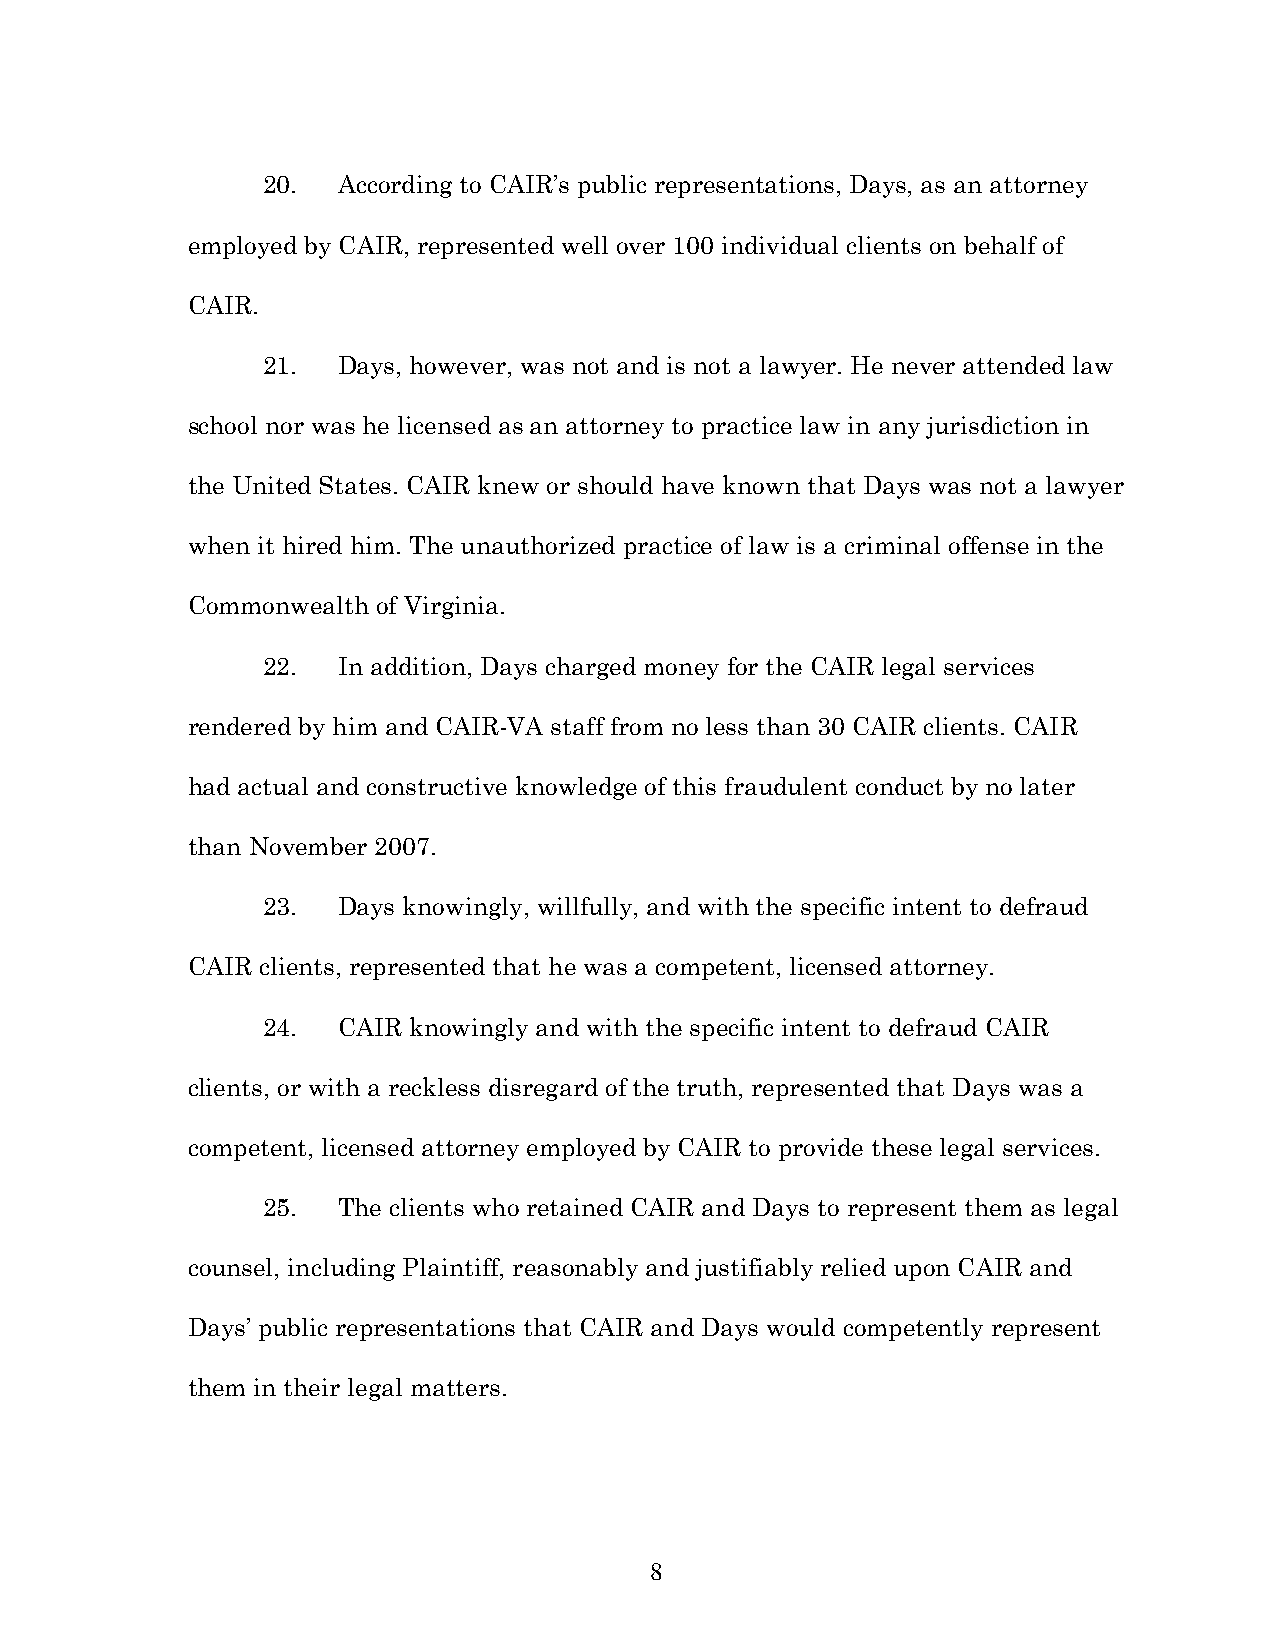
20.  According to CAIR’s public representations, Days, as an attorney
 employed by CAIR, represented well over 100 individual clients on behalf of
 CAIR.
 21.  Days, however, was not and is not a lawyer. He never attended law
 school nor was he licensed as an attorney to practice law in any jurisdiction in
 the United States. CAIR knew or should have known that Days was not a lawyer
 when it hired him. The unauthorized practice of law is a criminal offense in the
 Commonwealth of Virginia.
 22.  In addition, Days charged money for the CAIR legal services
 rendered by him and CAIR-VA staff from no less than 30 CAIR clients. CAIR
 had actual and constructive knowledge of this fraudulent conduct by no later
 than November 2007.
 23.  Days knowingly, willfully, and with the specific intent to defraud
 CAIR clients, represented that he was a competent, licensed attorney.
 24.  CAIR knowingly and with the specific intent to defraud CAIR
 clients, or with a reckless disregard of the truth, represented that Days was a
 competent, licensed attorney employed by CAIR to provide these legal services.
 25.  The clients who retained CAIR and Days to represent them as legal
 counsel, including Plaintiff, reasonably and justifiably relied upon CAIR and
 Days’ public representations that CAIR and Days would competently represent
 them in their legal matters.
 8